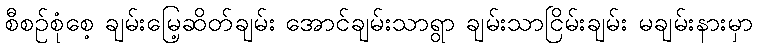
စီစဉ်စုံစေ့ ချမ်းမြေ့ဆိတ်ချမ်း အောင်ချမ်းသာရွာ ချမ်းသာငြိမ်းချမ်း မချမ်းနားမှာ